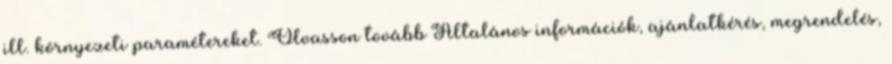
ill. környezeti paramétereket. Olvasson tovább Általános információk, ajánlatkérés, megrendelés,